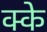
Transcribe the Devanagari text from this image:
क्के